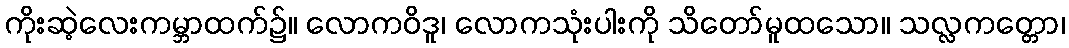
ကိုးဆဲ့လေးကမ္ဘာထက်၌။ လောကဝိဒူ၊ လောကသုံးပါးကို သိတော်မူထသော။ သလ္လကတ္တော၊